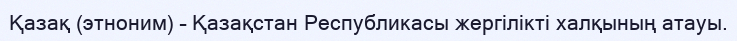
Қазақ (этноним) – Қазақстан Республикасы жергілікті халқының атауы.